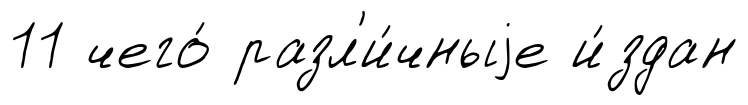
11 чего́ разл'и́чныjе и́здан